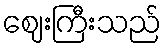
ဈေးကြီးသည်